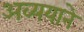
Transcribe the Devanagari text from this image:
अव्ययाने